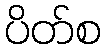
ပိတ်စ